Leaving Certificate Examination, 1912
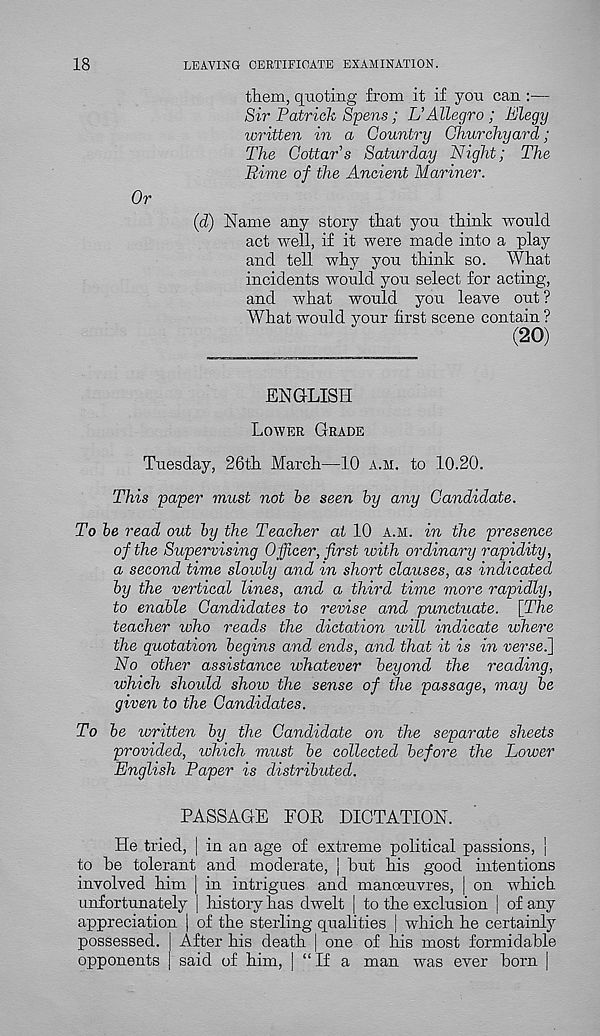
18
LEAVING CERTIFICATE EXAMINATION.
them, quoting from it if yon can :—
Sir Patrick Spens; L’Allegro ; Plegy
written in a Country Churchyard;
The Cottars Saturday Plight; The
Rime of the Ancient Mariner.
Or
(d) Name any story that you think would
act well, if it were made into a play
and tell why you think so. What
incidents would you select for acting,
and what would you leave out ?
What would your first scene contain ?
(20)
ENGLISH
LOWER GRADE
Tuesday, 26th March—10 A.M. to 10.20.
This paper must not be seen by any Candidate.
To be read out by the Teacher at 10 A.M. in the presence
of the Supervising Officer, first ivith ordinary rapidity,
a second time slowly and in short clauses, as indicated
by the vertical lines, and a third time more rapidly,
to enable Candidates to revise and punctuate. [The
teacher who reads the dictation will indicate where
the quotation begins and ends, and that it is in verselj
No other assistance whatever beyond the reading,
which should show the sense of the passage, may be
given to the Candidates.
To be written by the Candidate on the separate sheets
provided, which must be collected before the Lower
English Paper is distributed.
PASSAGE FOR DICTATION.
He tried, | in an age of extreme political passions, |
to he tolerant and moderate, j hut his good intentions
involved him | in intrigues and manoeuvres, | on which
unfortunately j history has dwelt | to the exclusion [ of any
appreciation | of the sterling qualities | which he certainly
possessed. | After his death j one of his most formidable
opponents | said of him, | “ If a man was ever born |